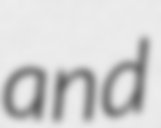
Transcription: and